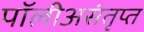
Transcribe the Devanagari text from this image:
पॉलीअसंतृप्त